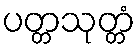
ပတ္တသုတ္တံ